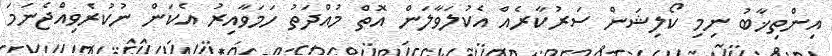
އިންތިޚާބު ނިމި ކޯލިޝަން ސަރުކާރެއް އެކުލަވާލަން އޮތް މުއްދަތު ހަމަވާއިރު އެކަން ނުކުރެވިއްޖެނަމަ